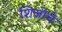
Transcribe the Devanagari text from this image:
शिजोचे